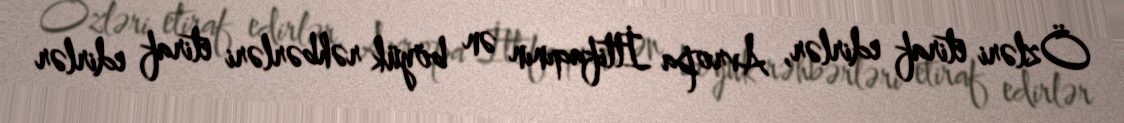
Özləri etiraf edirlər, Avropa İttifaqının ən böyük rəhbərləri etiraf edirlər